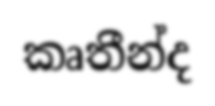
කෘතීන්ද